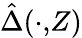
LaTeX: \hat{\Delta}(\cdot,\! Z)